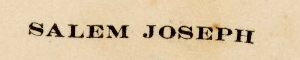
SALEM JOSEPH